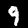
Digit: 9